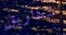
البطاريق